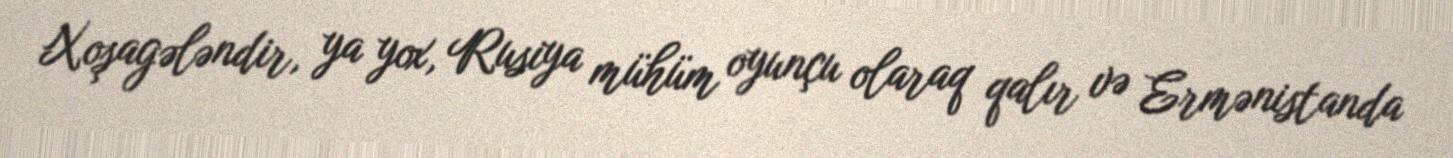
Xoşagələndir, ya yox, Rusiya mühüm oyunçu olaraq qalır və Ermənistanda